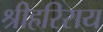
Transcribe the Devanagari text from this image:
श्रीहरिराय